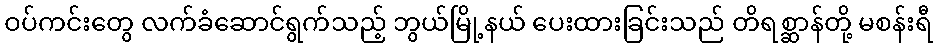
ဝပ်ကင်းတွေ လက်ခံဆောင်ရွက်သည့် ဘွယ်မြို့နယ် ပေးထားခြင်းသည် တိရစ္ဆာန်တို့ မစန်းရီ